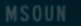
MSOUN